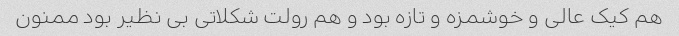
هم کیک عالی و خوشمزه و تازه بود و هم رولت شکلاتی بی نظیر بود ممنون